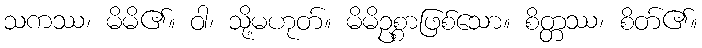
သကဿ၊ မိမိ၏။ ဝါ၊ သို့မဟုတ်။ မိမိဥစ္စာဖြစ်သော။ စိတ္တဿ၊ စိတ်၏။